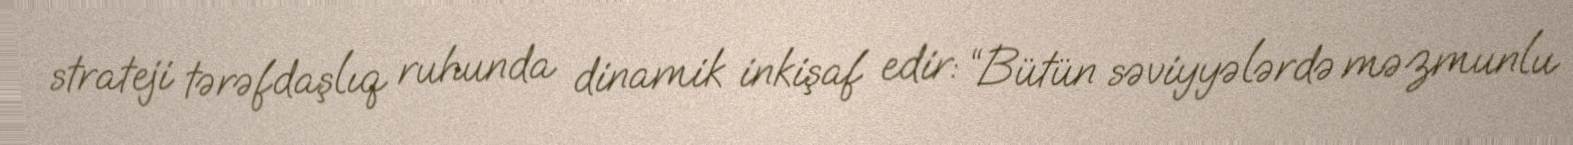
strateji tərəfdaşlıq ruhunda dinamik inkişaf edir: “Bütün səviyyələrdə məzmunlu